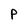
Character: p